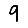
Digit: 9